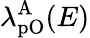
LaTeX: \lambda_{\mathrm{pO}}^{\mathrm{A}}(E)